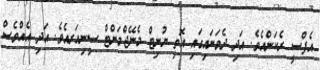
އެފްސީ ރެކަންއެވެ. އަދި ދެވަނައިގައި އޮތީ ޔުނިޓް މެނޭޖްމަންޓް ސީނިއަރއެވެ. އަދި އެއްވެސް